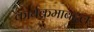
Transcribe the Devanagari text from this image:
कार्यक्रमाबद्दल